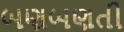
બણબણતી